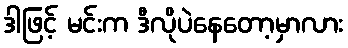
ဒါဖြင့် မင်းက ဒီလိုပဲနေတော့မှာလား